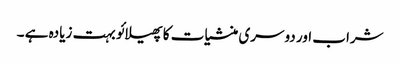
شراب اور دوسری منشیات کا پھیلائو بہت زیادہ ہے ۔